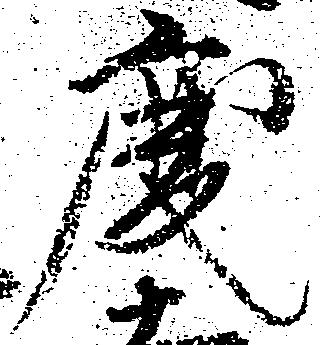
慶